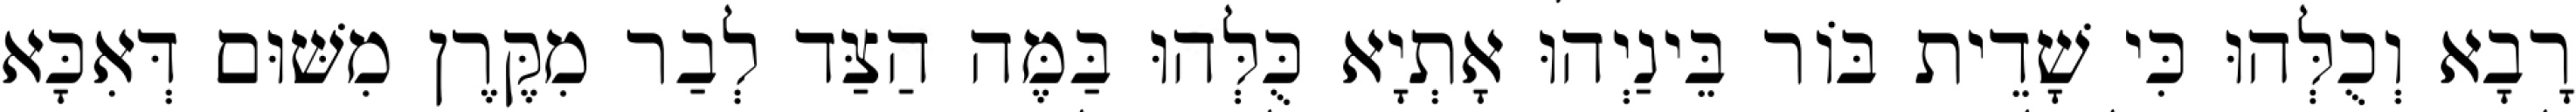
רָבָא וְכֻלְּהוּ כִּי שָׁדֵית בּוֹר בֵּינַיְהוּ אָתְיָא כֻּלְּהוּ בַּמֶּה הַצַּד לְבַר מִקֶּרֶן מִשּׁוּם דְּאִכָּא